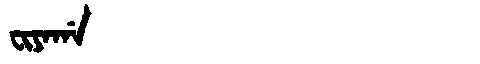
Manchu: ᠸᡳᠶᠠᡤᠠ
Romanization: FIYAGA